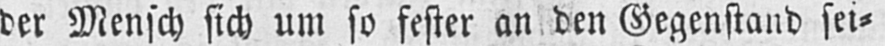
der Mensch sich um so fester an den Gegenstand sei⸗